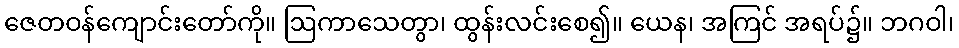
ဇေတဝန်ကျောင်းတော်ကို။ ဩကာသေတွာ၊ ထွန်းလင်းစေ၍။ ယေန၊ အကြင် အရပ်၌။ ဘဂဝါ၊